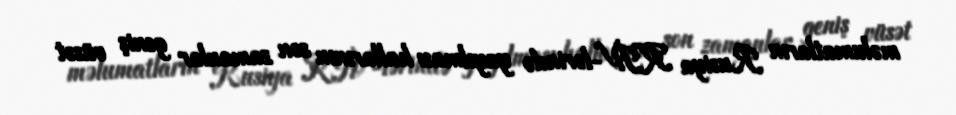
məlumatların Rusiya KİV-lərində yayılması hallarının son zamanlar geniş vüsət